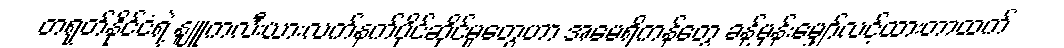
တရုတ်နိုင်ငံရဲ့ နျူကလီးယားလက်နက်ပိုင်ဆိုင်မှုတွေဟာ အမေရိကန်တွေ ခန့်မှန်းမျှော်လင့်ထားတာထက်